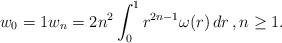
LaTeX: \begin{align*} w_0 = 1 w_n = 2 n^2 \int_0^1 r^{2 n - 1} \omega (r) \, dr\, , n\geq 1. \end{align*}